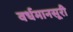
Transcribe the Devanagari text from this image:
वर्धमानसूरी